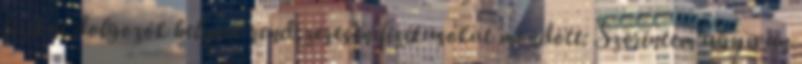
fizikai dolgozók helyett rendszeresen fizikusokat mondott: Szerintem ugy van